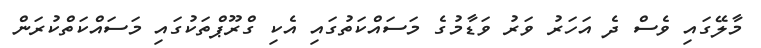
މާލޭގައި ވެސް ދެ އަހަރު ވަރު ވަޑާމުގެ މަސައްކަތުގައި އެކި ގްރޫޕްތަކުގައި މަސައްކަތްކުރަން